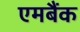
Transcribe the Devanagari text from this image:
एमबैंक